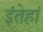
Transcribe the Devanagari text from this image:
इंतेहां